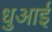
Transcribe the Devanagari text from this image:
धुआई